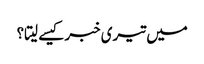
میں تیری خبر کیسے لیتا؟